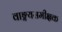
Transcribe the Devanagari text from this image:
वाङ्मयसमीक्षक